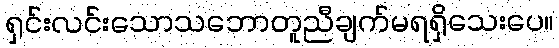
ရှင်းလင်းသောသဘောတူညီချက်မရရှိသေးပေ။